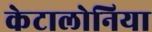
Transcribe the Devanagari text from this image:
केटालोनिया